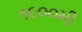
૧૯૦૦મી